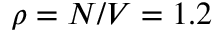
\rho = N / V = 1 . 2